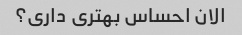
الان احساس بهتری داری؟